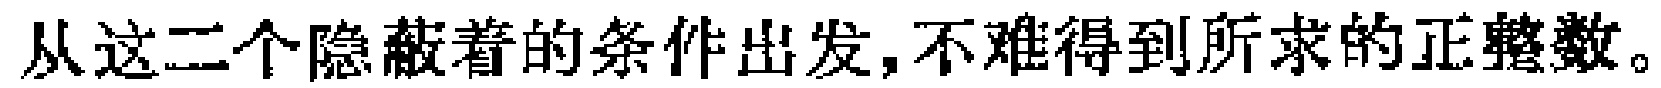
从这二个隐蔽着的条件出发,不难得到所求的正整数。